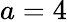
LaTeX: a=4